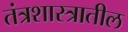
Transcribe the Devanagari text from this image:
तंत्रशास्त्रातील